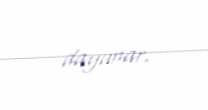
dayanar.